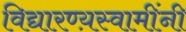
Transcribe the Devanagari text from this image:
विद्यारण्य़स्वामींनी